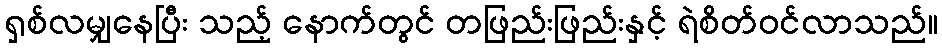
ရှစ်လမျှနေပြီး သည့် နောက်တွင် တဖြည်းဖြည်းနှင့် ရဲစိတ်ဝင်လာသည်။